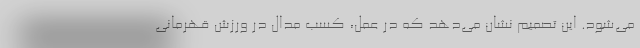
می‌شود. این تصمیم نشان می‌دهد که در عمل، کسب مدال در ورزش قهرمانی